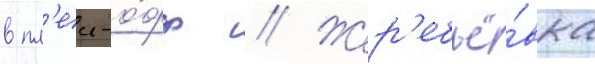
в пл'еи-о́фф // Жер'ебьё́вка